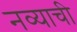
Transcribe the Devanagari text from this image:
नव्याची